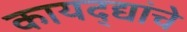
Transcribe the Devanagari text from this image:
कायद्द्यांचे